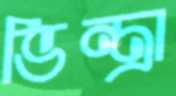
ভিন্ত্রা